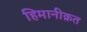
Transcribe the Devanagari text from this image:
हिमानीक्रत